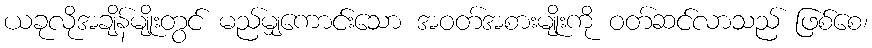
ယခုလိုအချိန်မျိုးတွင် မည်မျှကောင်းသော အဝတ်အစားမျိုးကို ဝတ်ဆင်လာသည် ဖြစ်စေ၊